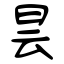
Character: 昙